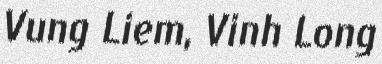
Vung Liem, Vinh Long